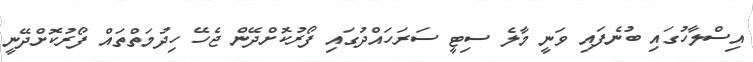
އިސްލާހުގައި ބުނެފައި ވަނީ މާލެ ސިޓީ ސަރަހައްދުގައި ފޯރުކޮށްދޭން ޖެހޭ ހިދުމަތްތައް ފޯރުކޮށްދޭނީ